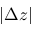
| \Delta z |